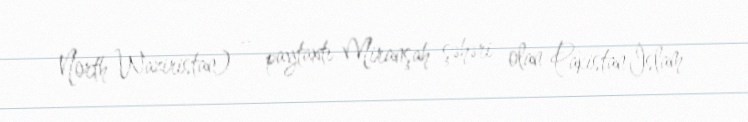
North Waziristan) — paytaxtı Miranşah şəhəri olan Pakistan İslam